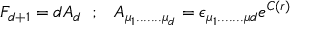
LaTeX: F _ { d + 1 } = d A _ { d } \; \; ; \; \; \; A _ { \mu _ { 1 } . . . . . . . \mu _ { d } } = \epsilon _ { \mu _ { 1 } . . . . . . . \mu { d } } e ^ { C ( r ) }